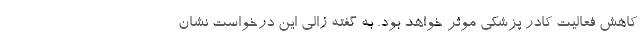
کاهش فعالیت کادر پزشکی موثر خواهد بود. به گفته زالی این درخواست نشان